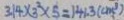
3 . 1 4 \times 3 ^ { 2 } \times 5 = 1 4 1 . 3 ( c m ^ { 3 } )